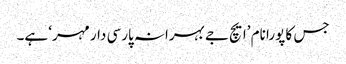
جس کا پورا نام ’ایچ جے بہرانہ پارسی دار مہر‘ ہے۔